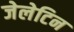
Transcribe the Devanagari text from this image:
जेलेटिन